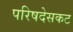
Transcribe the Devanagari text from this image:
परिषदेसकट